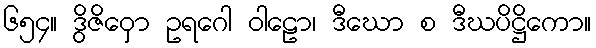
၆၅၄။ ဒွိဇိဝှော ဥရဂေါ ဝါဠော၊ ဒီဃော စ ဒီဃပိဋ္ဌိကော။